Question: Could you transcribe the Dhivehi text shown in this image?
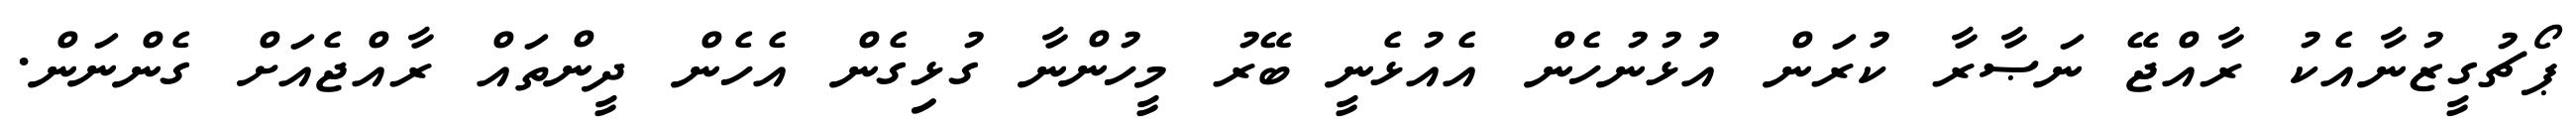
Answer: ޕޯޗުގީޒުނާއެކު ރާއްޖޭ ނަޞާރާ ކުރަން އުޅުނުހެން އެއުޅެނީ ބޭރު މީހުންނާ ގުޅިގެން އެހެން ދީންތައް ރާއްޖެއަށް ގެންނަން.